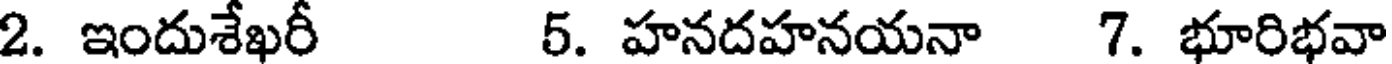
2. ఇందుశేఖరీ 5. హనదహనయనా 7. భూరిభవా